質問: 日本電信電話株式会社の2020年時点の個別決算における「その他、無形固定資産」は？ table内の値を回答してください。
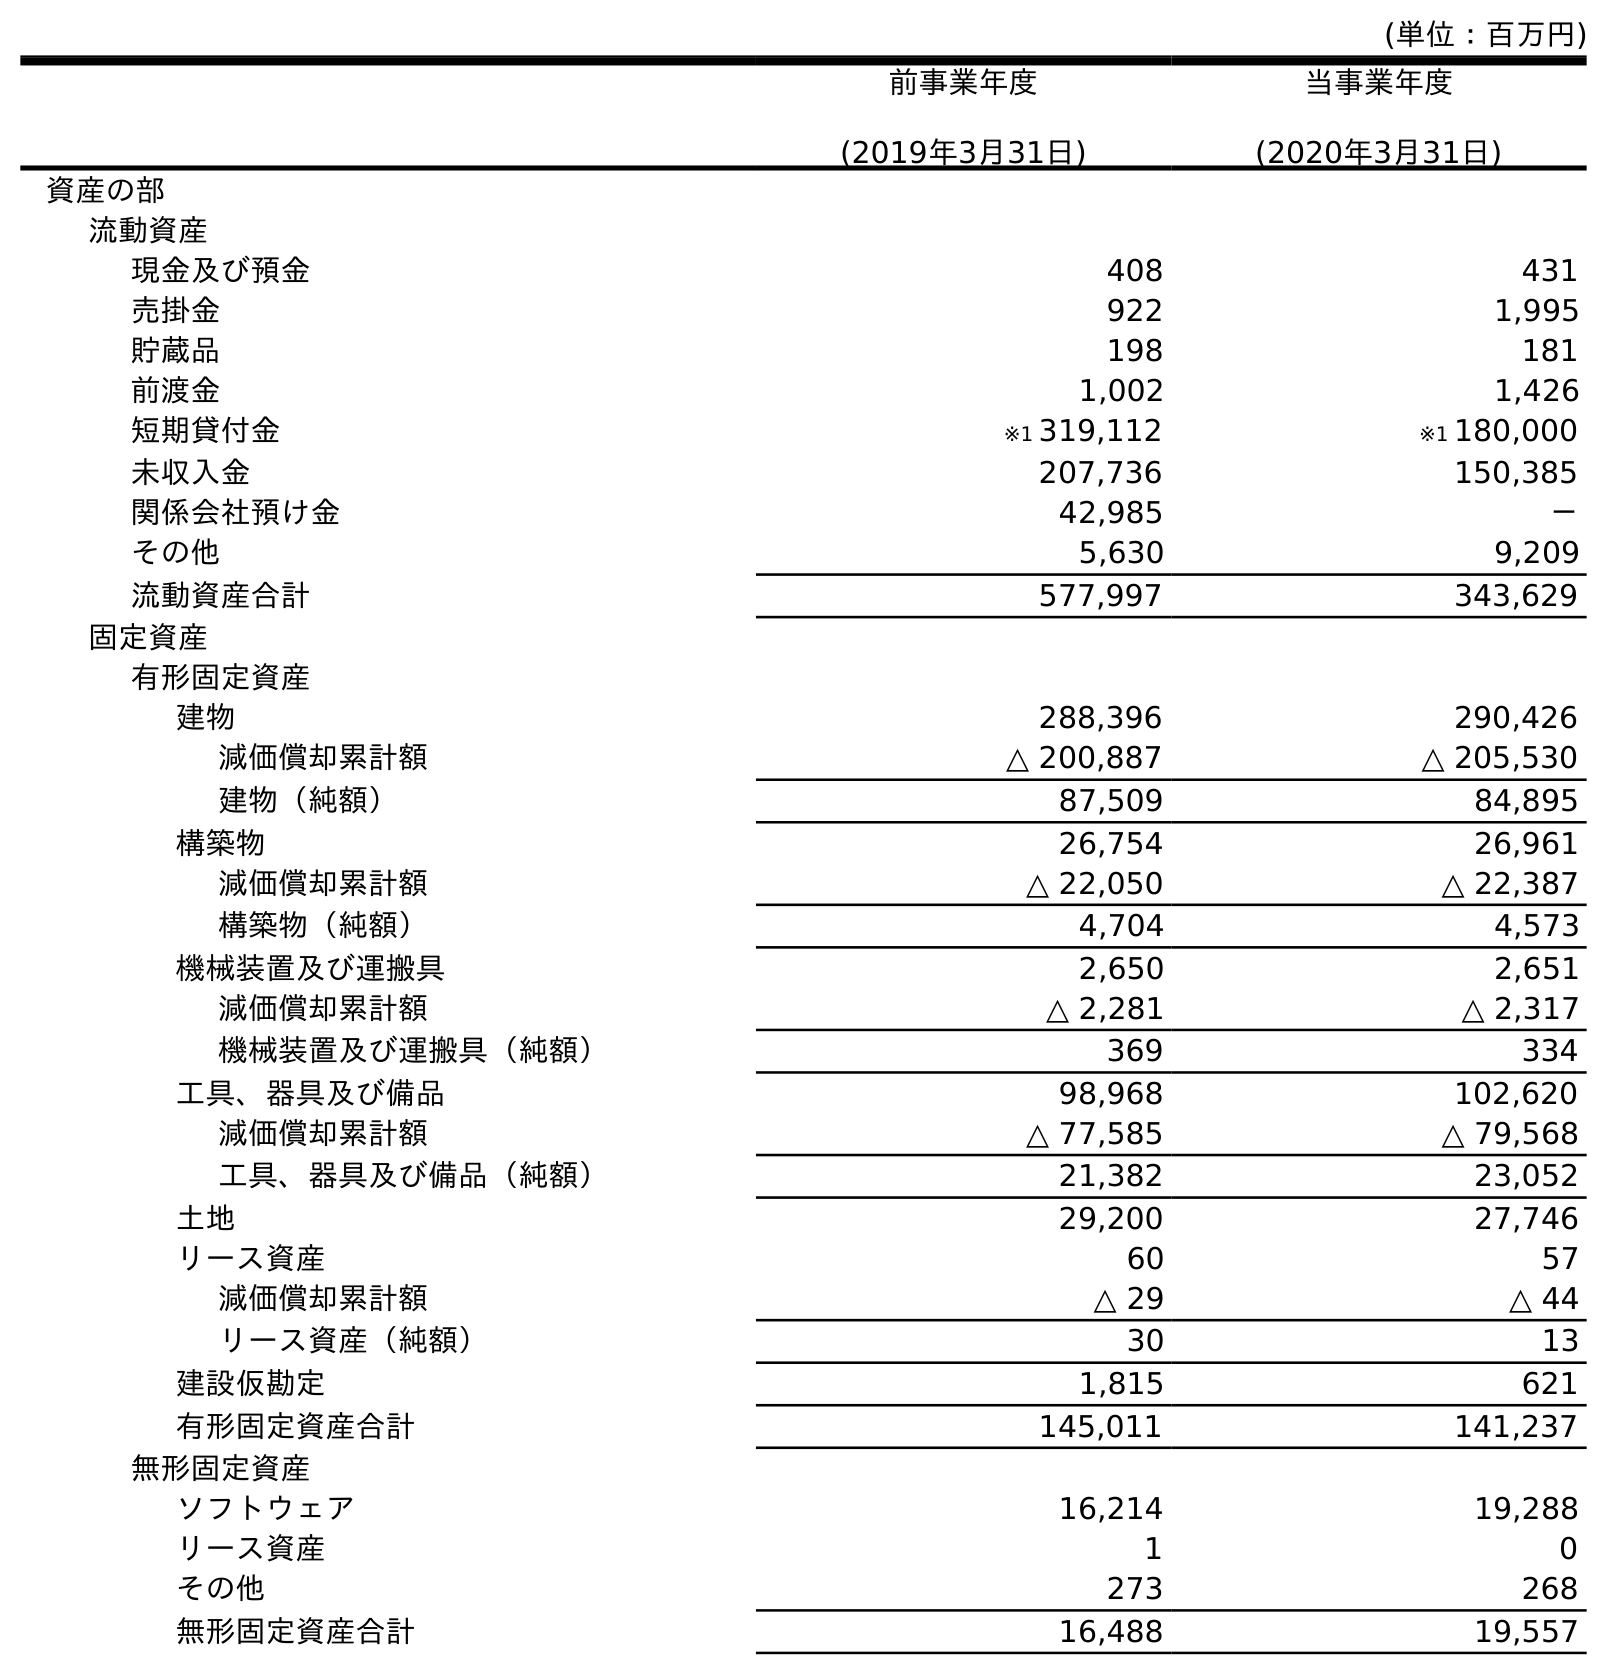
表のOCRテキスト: (単位：百万円) 前事業年度 (2019年3月31日) 当事業年度 (2020年3月31日) 資産の部 流動資産 現金及び預金 408 431 売掛金 922 1,995 貯蔵品 198 181 前渡金 1,002 1,426 短期貸付金 ※1 319,112 ※1 180,000 未収入金 207,736 150,385 関係会社預け金 42,985 － その他 5,630 9,209 流動資産合計 577,997 343,629 固定資産 有形固定資産 建物 288,396 290,426 減価償却累計額 △ 200,887 △ 205,530 建物（純額） 87,509 84,895 構築物 26,754 26,961 減価償却累計額 △ 22,050 △ 22,387 構築物（純額） 4,704 4,573 機械装置及び運搬具 2,650 2,651 減価償却累計額 △ 2,281 △ 2,317 機械装置及び運搬具（純額） 369 334 工具、器具及び備品 98,968 102,620 減価償却累計額 △ 77,585 △ 79,568 工具、器具及び備品（純額） 21,382 23,052 土地 29,200 27,746 リース資産 60 57 減価償却累計額 △ 29 △ 44 リース資産（純額） 30 13 建設仮勘定 1,815 621 有形固定資産合計 145,011 141,237 無形固定資産 ソフトウェア 16,214 19,288 リース資産 1 0 その他 273 268 無形固定資産合計 16,488 19,557
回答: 268